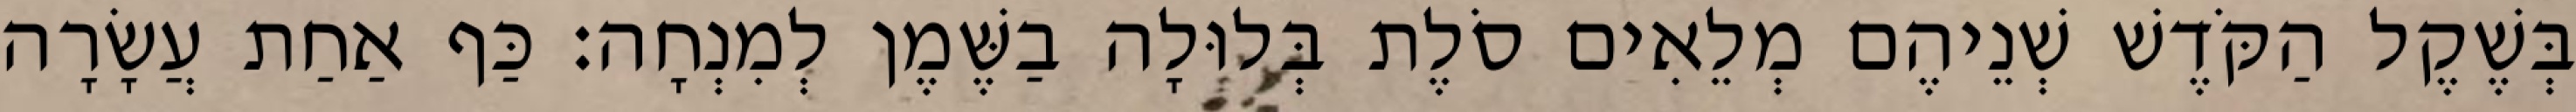
בְּשֶׁקֶל הַקֹּדֶשׁ שְׁנֵיהֶם מְלֵאִים סֹלֶת בְּלוּלָה בַשֶּׁמֶן לְמִנְחָה׃ כַּף אַחַת עֲשָׂרָה